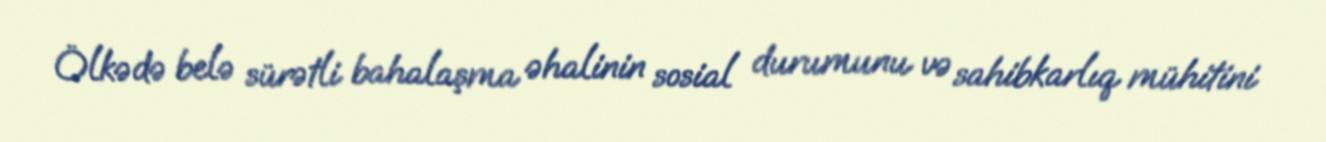
Ölkədə belə sürətli bahalaşma əhalinin sosial durumunu və sahibkarlıq mühitini